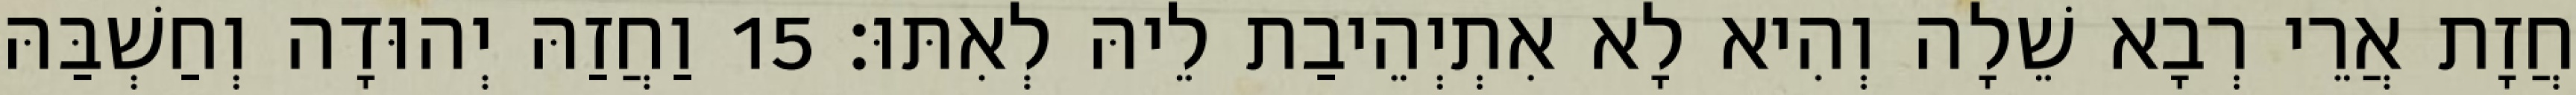
חֲזָת אֲרֵי רְבָא שֵׁלָה וְהִיא לָא אִתְיְהֵיבַת לֵיהּ לְאִתּוּ׃ 15 וַחֲזַהּ יְהוּדָה וְחַשְׁבַּהּ